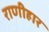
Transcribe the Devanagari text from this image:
राणीहार